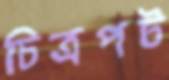
চিত্রপট